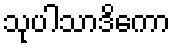
သုပါသာဒိကော